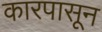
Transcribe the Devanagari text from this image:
कारपासून